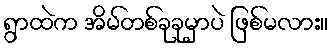
ရွာထဲက အိမ်တစ်ခုခုမှာပဲ ဖြစ်မလား။